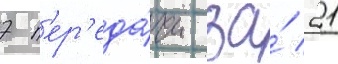
7 п'ер'еда́чи за́ 21